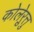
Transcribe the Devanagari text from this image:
कोलेऱुत्तु